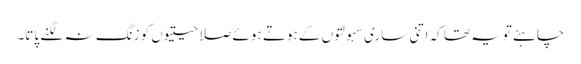
چاہئے تویہ تھا کہ اتنی ساری سہولتوں کے ہوتے ہوئے صلاحیتیوں کو زنگ نہ لگنے پاتا۔